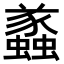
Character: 𧔑